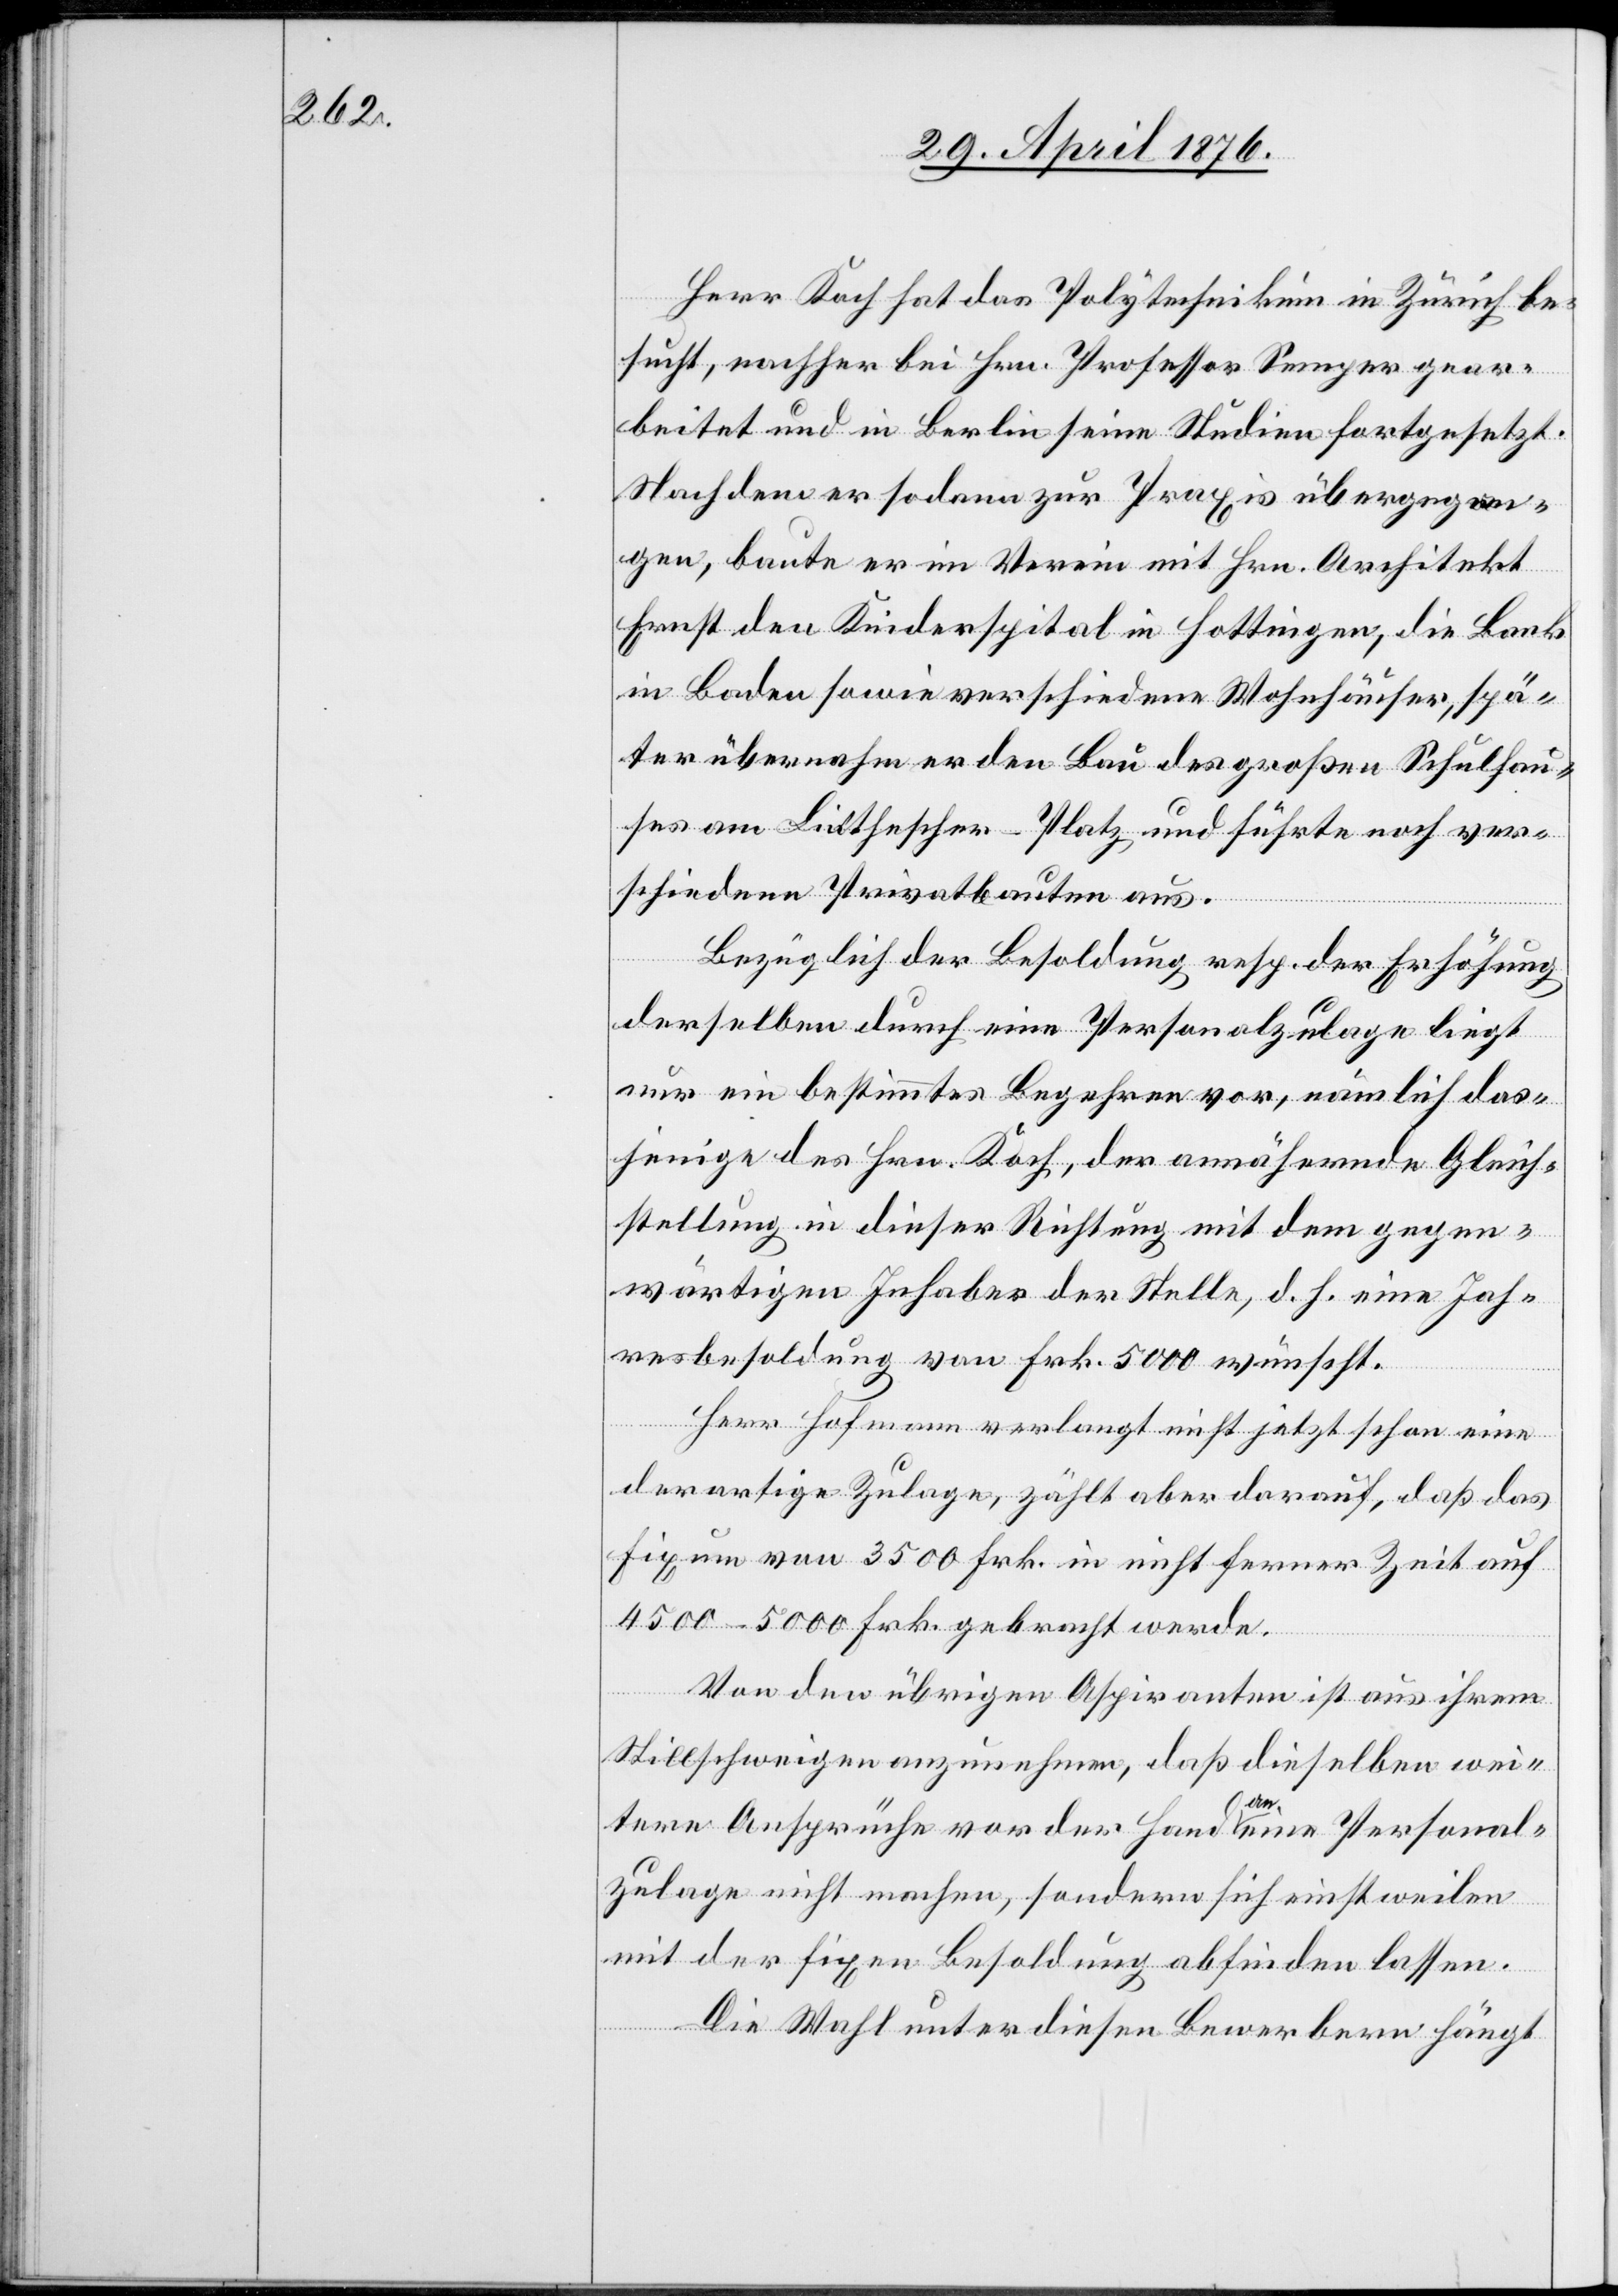
Herr Kuch hat das Polytechnikum in Zürich be¬
sucht, nachher bei Hrn. Professor Semper gear¬
beitet und in Berlin seine Studien fortgesetzt.
Nachdem er sodann zur Praxis übergegan¬
gen, baute er im Verein mit Hrn. Architekt
Ernst den Kinderspital in Hottingen, die Bank
in Baden sowie verschiedene Wohnhäuser, spä¬
ter übernahm er den Bau des großen Schulhau¬
ses am Linthescher-Platz und führte noch ver¬
schiedene Privatbauten aus.
Bezüglich der Besoldung resp. der Erhöhung
derselben durch eine Personalzulage liegt
nun ein bestimmtes Begehren vor, nämlich das¬
jenige des Hrn. Koch, der annähernde Gleich¬
stellung in dieser Richtung mit dem gegen¬
wärtigen Inhaber der Stelle, d. h. eine Jah¬
resbesoldung von Frk. 5000 wünscht.
Herr Hofmann verlangt nicht jetzt schon eine
derartige Zulage, zählt aber darauf, daß das
Fixum von 3500 Frk. in nicht ferner Zeit auf
4500–5000 Frk. gebracht werde.
Von den übrigen Aspiranten ist aus ihrem
Stillschweigen anzunehmen, daß dieselben wei¬
tere Ansprüche vor der Hand an eine Personal¬
zulage nicht machen, sondern sich einstweilen
mit der fixen Besoldung abfinden lassen.
Die Wahl unter diesen Bewerbern hängt